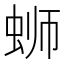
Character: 蛳